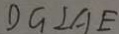
D G \bot A E